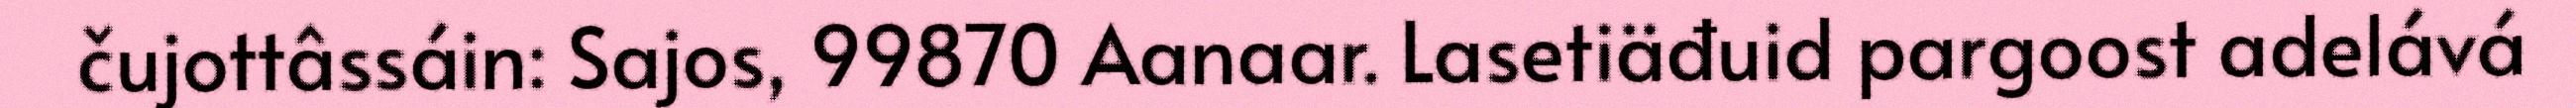
čujottâssáin: Sajos, 99870 Aanaar. Lasetiäđuid pargoost adelává